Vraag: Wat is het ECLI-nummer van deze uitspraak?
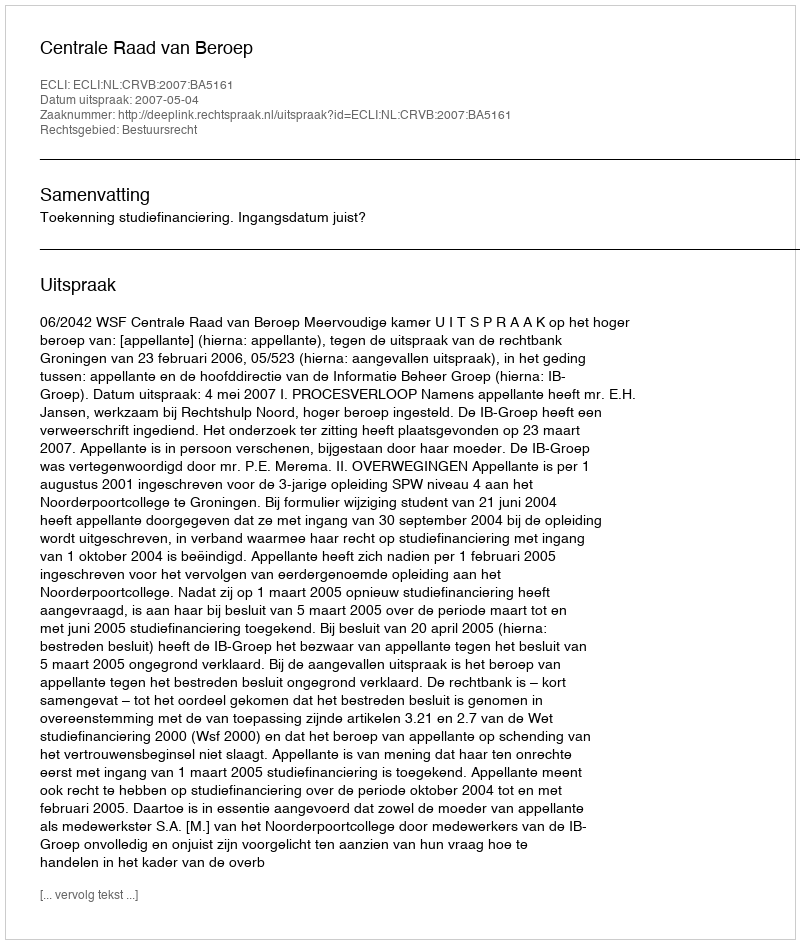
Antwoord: ECLI:NL:CRVB:2007:BA5161